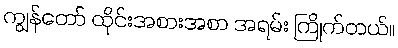
ကျွန်တော် ထိုင်းအစားအစာ အရမ်း ကြိုက်တယ်။